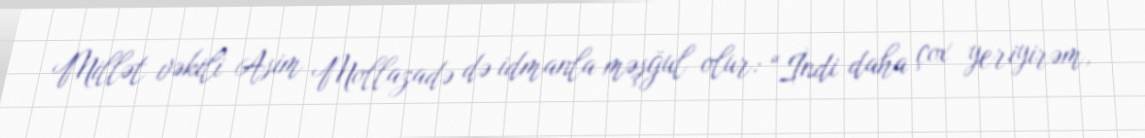
Millət vəkili Asim Mollazadə də idmanla məşğul olur: “İndi daha çox yeriyirəm,